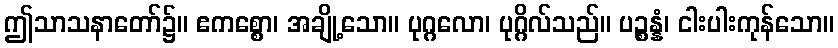
ဤသာသနာတော်၌။ ဧကစ္စော၊ အချို့သော။ ပုဂ္ဂလော၊ ပုဂ္ဂိလ်သည်။ ပဉ္စန္နံ၊ ငါးပါးကုန်သော။